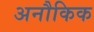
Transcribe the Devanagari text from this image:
अनौकिक